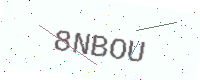
Text: 8NBOU